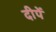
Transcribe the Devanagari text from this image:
दीपें